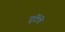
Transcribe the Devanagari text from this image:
टूटेंगे